Vaccination in Burma 1912-1922 - 1912-1922
Year: 1912
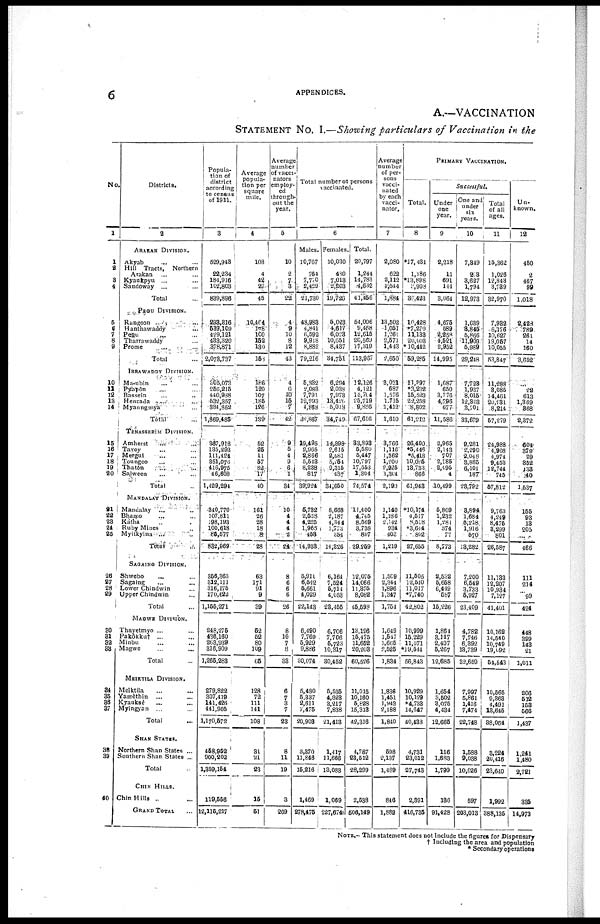
6
APPENDICES.
A.—VACCINATION
STATEMENT No. I.—Showing particulars of Vaccination in the
No.
1
1
2
3
4
5
6
7
8
9
10
11
12
13
14
15
16
17
18
19
20
21
22
23
24
25
26
27
28
29
30
31
32 33
34
35
36
37
38
39
40
Districts.
2
ARAKAN DIVISION.
Akyab ... ...
Hill Tracts, Northern
Arakan ... ...
Kyankppu ... ...
Sandoway ... ...
Total ...
PEGU DIVISION.
Rangoon ... ...
Hanthawaddy ... ...
Pegu ... ...
Tharrawaddy ... ...
Prome ... ...
Total ...
IRRAWADDY DIVISION.
Ma-ubin ... ...
Pyapôn ... ...
Bassein ... ...
Hanzada ... ...
Myaungmya ... ...
Total ...
TENASSFRIM DIVISION.
Amherst
... ...
Tavoy ... ...
Mergul ... ...
Toungoo ... ...
Thatôn ... ...
Salween ... ...
Total ...
MANDALAY DIVISION.
Mandalay ... ...
Bhamo ... ...
Katha ... ...
Ruby Mines ... ...
Myitkyina ... ...
Total ...
SAGAING DIVISION.
Shwebo ... ...
Sagaing ... ...
Lower Chindwin ... ...
Upper Chindwin ...
Total ...
MAGWE DIVISION.
Thayetmyo ... ...
Pakôkku† ... ...
Minbu ... ...
Magwe ... ...
Total ...
MEIKTILA DIVISION.
Meiktila ... ...
Yamèthin
... ...
Kyauksè ... ...
Myingyan ... ...
Total ...
SHAN STATES.
Northern Shan States ...
Southern Shan States ...
Total ...
CHIN HILLS.
Chin Hills ... ...
GRAND TOTAL
Popula-
tion of
district
according
to census
of 1911.
3
529,943
22,234
184,916
102,803
839,896
293,816
539,109
429,121
433,320
378,871
2,073,737
305,073
256,215
440,988
532,357
384,852
1,869,486
367,918
135,293
111,424
351,076
416,975
46,608
1,429,294
340,770
107,811
198,193
100,618
85,577
832,969
356,363
312,111
316,175
170,622
1,155,271
248,275
436,160
263,939
316,909
1,265,283
279,822
307,419
141,426
441,905
1,170,572
458,952
900,202
1,359,154
119,556
12,115,217
Average
popula-
tion per
square
mile.
4
103
4
42
27
45
10,464
178
100
152
130
158
186
120
107
185
126
139
52
25
11
57
82 17
46
161
26
28
18
8
28
63
171
91
9
39
52
52
80
109
65
128
72
111
141
108
31
21
23
15
51
Average
number
of vacci¬
nators
employ-
ed
through-
out the
year.
5
10
2
7
3
22
4
9
10
8
12
43
4
6
10
15
7
42
9
5
4
9
6
1
34
10
4
4
4
2
24
8
6
6
6
26
8
10
7
8
33
6
7
3
7
23
8
11
19
3
269
Total number of persons
vaccinated.
6
Males.
10,767
764
7,750
2,429
21,730
48,983
4,841
6,592
9,918
8,882
79,216
5,832
2,083
7,791
12,293
4,868
32,867
19,495
2,965
2,866
5,543
8,238
817
39,924
5,782
2,558
4,225
1,965
453
14,933
5,911
6,642
5,661
4,029
22,143
6,490
7,760
5,929
9,886
80,074
5,480
5,337
2,611
7,475
20,903
3,370
11,846
15,216
1,469
278,475
Females.
10,030
480
7,013
2,203
19,726
5,023
4,617
6,023
10,651
, 8,437
34,751
6,294
2,038
7,973
13,426
5,018
34,719
14,398
2,615
2,581
5,254
9,315
487
34,650
5,668
2,187
4,344
1,773
854
14,326
6,164
7,524
5,714
4,053
23,465
6,706
7,706
5,723
10,317
30,452
5,535
4,823
3,217
7,838
21,413
1,417
11,666
13,083
1,069
227,674
Total
20,797
1,244
14,783
4,632
41,456
54,006
9,458
12,615
20,569
17,319
113,967
12,126
4,121
15,704
25,719
9,886
67,616
33,893
5,680
5,447
10,797
17,553
1,304
74,574
11,400
4,745
8,569
3,738
807
29,259
12,075
14,066
11,375
8,082
45,598
13,196
15,475
11,652
20,203
60,526
11,015
10,160
5,828
15,313
42,316
4,787
23,512
28,299
2,538
506,149
Average
number
of per-
sons
vacci-
nated
by each
vacci-
nator.
7
2,080
622
2,112
1,544
1,884
13,502
1,051
1,261
2,571
1,443
2,650
3,031
687
1,576
1,715
1,412
1,610
3,766
1,116
1,362
1,200
2,925
1,304
2,190
1,140
1,186
2,142
934
403
1,219
1,509
2,344
1,896
1,347
1,754
1,649
1,547
1,665
2,525
1,834
1,836
1,451
1,943
2,188
1,840
598
2,137
1,489
846
1,882
PRIMARY VACCINATION.
Total.
8
*17,431
1,186
*13,898
3,908
36,423
10,428
*7,279
11,133
20,003
* 10,442
59,285
11,397
*3,232
15,523
22,258
8,802
61,212
26,400
*5,446
*5,413
10,085
13,788
866
61,943
*10,174
4,517
8,518
*3,644
802
27,655
11,505
12,540
11,017
*7,740
42,802
10,999
15,229
11,071
*19,544
56,843
10,929
10,129
*4,733
14,647
40,438
4,731
23,012
27,743
2,391
416,735
Successful.
Under
one
year.
9
2,218
11
691
114
3,064
4,675
589
2,258
4,521
2,952
14,995
1,687
650
3,776
4,796
677
11,586
2,965
2,143
707
2,185
2,495
4
10,499
5,809
1,232
1,281
374
77
8,773
2,532
5,658
6,449
587
15,226
1,864
3,147
2,407
5,267
12,685
1,654
3,502
3,075
4,434
12,665
116
1,683
1,799
186
91,428
One and
under
six
years.
10
7,349
208
3,627
1,794
12,973
1,639
3,845
5,866
11,909
5,989
29,248
7,723
1,937
8,015
12,303
3,701
33,679
9,281
2,290
2,048
3,885
6,101
187
23,792
3,894
1,684
5,218
1,916
570
13,282
7,200
6,549
3,733
5,927
23,409
4,782
7,746
6,392
13,739
32,659
7,997
5,861
1,416
7,474
22,748
1,588
9,038
10,626
597
203,013
Total
of all
ages.
11
15,362
1,026
12,848
3,789
32,970
7,932
6,176
10,627
19,057
10,055
53,847
11,288
3,085
14,461
20,231
8,214
57,279
24,988
4,908
4,974
9,453
12,744
745
57,812
9,763
4,249
8,475
3,299
801
26,587
11,183
12,207
10,934
7,127
41,401
10,162
14,540
10,749
19,092
54,543
10,565
9,363
4,491
13,645
38,064
3,224
20,416
23,640
1,992
388,135
Un¬
known.
12
450
2
467
99
1,018
2,428
789
261
14
160
3,652
...
22
613
1,369
368
2,372
604
379
29
352
138
40
1,537
155
93
13
205
...
466
111
214
...
99
424
448
399
143
21
1,011
206
512
158
566
1,437
1,241
1,480
2,721
335
14,973
NOTE.— This statement does not include the figures for Dispensary
† Including the area and population
* Secondary operations